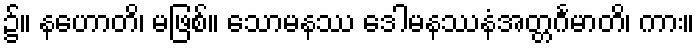
၌။ နဟောတိ၊ မဖြစ်။ သောမနဿ ဒေါမနဿနံအတ္တင်္ဂမာတိ၊ ကား။